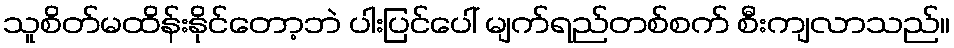
သူစိတ်မထိန်းနိုင်တော့ဘဲ ပါးပြင်ပေါ် မျက်ရည်တစ်စက် စီးကျလာသည်။